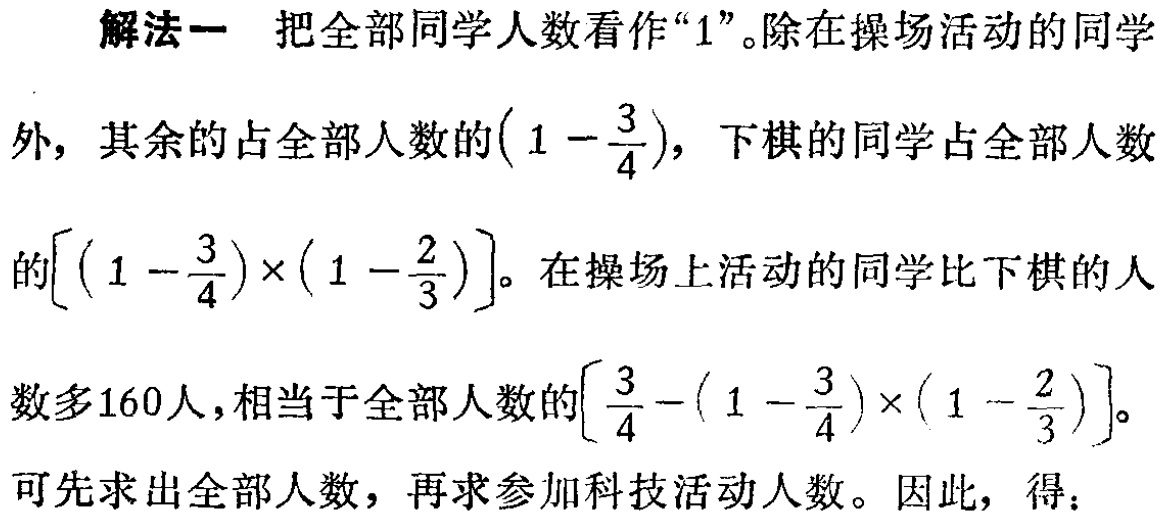
解法一 把全部同学人数看作“$1$”。除在操场活动的同学

外，其余的占全部人数的$\left(1 - \dfrac{3}{4}\right)$，下棋的同学占全部人数

的$\left[\left(1 - \dfrac{3}{4}\right)\times\left(1 - \dfrac{2}{3}\right)\right]$。在操场上活动的同学比下棋的人

数多$160$人，相当于全部人数的$\left[\dfrac{3}{4}-\left(1 - \dfrac{3}{4}\right)\times\left(1 - \dfrac{2}{3}\right)\right]$。

可先求出全部人数，再求参加科技活动人数。因此，得：